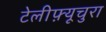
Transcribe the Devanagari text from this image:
टेलीफ़्यूचुरा